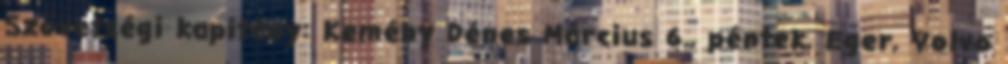
Szövetségi kapitány: Kemény Dénes Március 6., péntek, Eger, Volvo